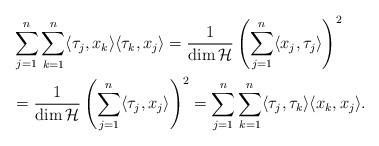
LaTeX: \begin{align*} &\sum_{j=1}^n\sum_{k=1}^n\langle \tau_j,x_k\rangle \langle \tau_k,x_j\rangle =\frac{1}{\dim\mathcal{H}}\left(\sum_{j=1}^n\langle x_j,\tau_j \rangle\right)^2\\&=\frac{1}{\dim\mathcal{H}}\left(\sum_{j=1}^n\langle \tau_j,x_j \rangle\right)^2 =\sum_{j=1}^n\sum_{k=1}^n\langle \tau_j,\tau_k\rangle \langle x_k,x_j\rangle . \end{align*}